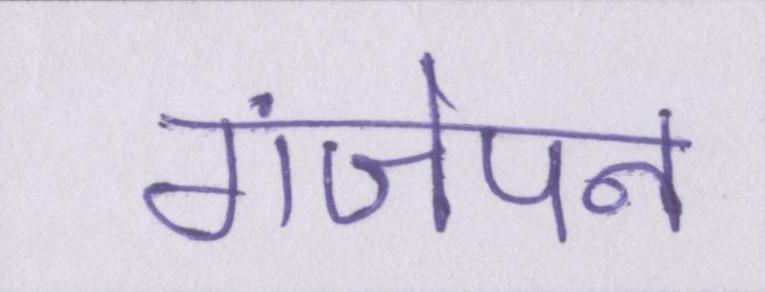
गंजेपन